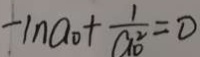
- \ln a _ { 0 } + \frac { 1 } { a _ { 0 } ^ { 2 } } = 0